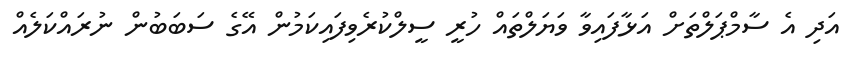
އަދި އެ ސާމްޕަލްތަށް އަޅާފައިވާ ވަޔަލްތައް ހުރީ ސީލްކުރެވިފައިކަމުން އޭގެ ސަބަބުން ނުރައްކަލެއް